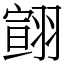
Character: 翧